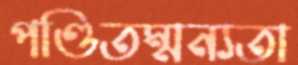
পণ্ডিতম্মন্যতা